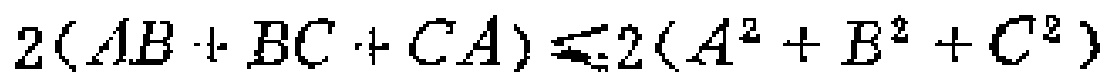
\(2(AB + BC + CA)\leq 2(A^{2}+B^{2}+C^{2})\)